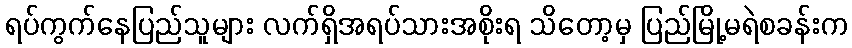
ရပ်ကွက်နေပြည်သူများ လက်ရှိအရပ်သားအစိုးရ သိတော့မှ ပြည်မြို့မရဲစခန်းက